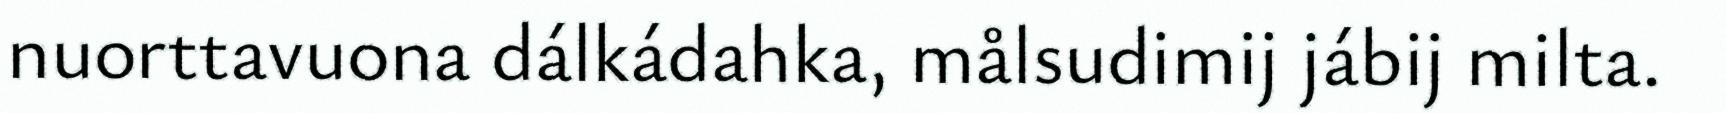
nuorttavuona dálkádahka, målsudimij jábij milta.